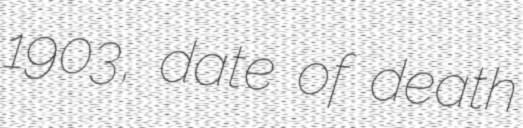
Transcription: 1903, date of death